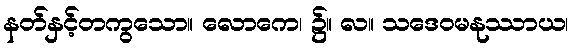
နတ်နှင့်တကွသော။ လောကေ၊ ၌။ လ။ သဒေဝမနုဿာယ၊